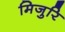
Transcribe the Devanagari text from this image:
मिजुरि